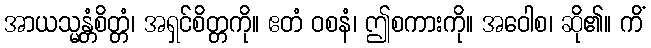
အာယသ္မန္တံစိတ္တံ၊ အရှင်စိတ္တကို။ ဧတံ ဝစနံ၊ ဤစကားကို။ အဝေါစ၊ ဆို၏။ ကိံ